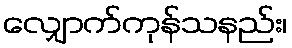
လျှောက်ကုန်သနည်း၊